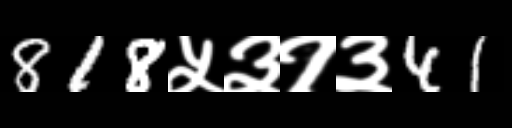
Text: 818५३१३41